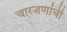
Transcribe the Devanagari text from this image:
चारजणांची